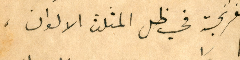
وهم للفرنجة في ظل المثلث الالوان،